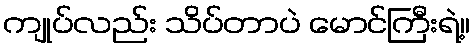
ကျုပ်လည်း သိပ်တာပဲ မောင်ကြီးရဲ့။